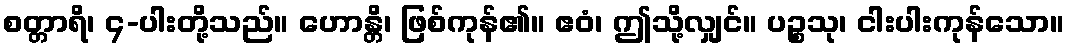
စတ္တာရိ၊ ၄-ပါးတို့သည်။ ဟောန္တိ၊ ဖြစ်ကုန်၏။ ဧဝံ၊ ဤသို့လျှင်။ ပဉ္စသု၊ ငါးပါးကုန်သော။